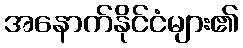
အနောက်နိုင်ငံများ၏